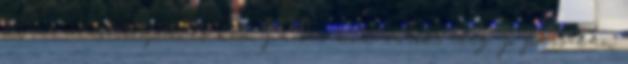
ki az alvóhelyét, és nem panaszkodhatok, elég jó passzban